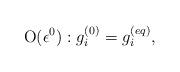
LaTeX: \begin{align*}{\rm O}(\epsilon ^0): g_i^{(0)}=g_i^{(eq)},\end{align*}